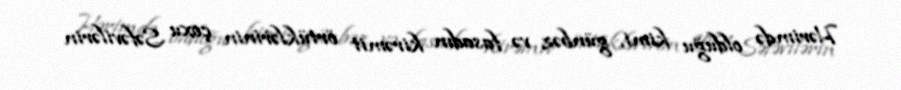
Hərimdə olduğu kimi, günbəz və fasadın kirəmit örtüklərinin çoxu Səfəvilərin